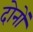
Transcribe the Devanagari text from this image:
दोनोंं